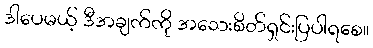
ဒါပေမယ့် ဒီအချက်ကို အသေးစိတ်ရှင်းပြပါရစေ။